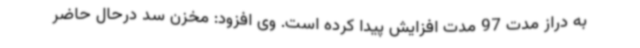
به دراز مدت 97 مدت افزایش پیدا کرده است. وی افزود: مخزن سد درحال حاضر